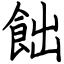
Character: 飿